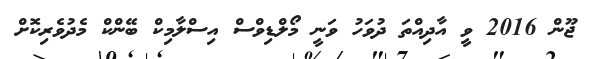
ޖޫން 2016 ވީ އާދިއްތަ ދުވަހު ވަނީ މޯލްޑިވްސް އިސްލާމިކް ބޭންކް މެދުވެރިކޮށް